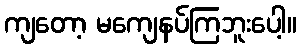
ကျတော့ မကျေနပ်ကြဘူးပေါ့။